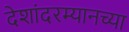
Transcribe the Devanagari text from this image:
देशांदरम्यानच्या